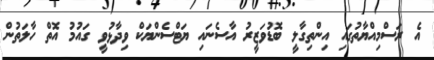
އެ ރަސްމިއްޔާތުގައި އިންތިގާލީ ބޮޑުވަޒީރު އާސެނައި ޔަޓްސެންޔަކް ވިދާޅުވީ ގައުމު އޮތް ހާލަތުން